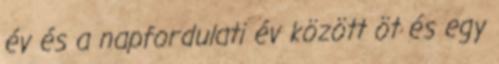
év és a napfordulati év között öt és egy